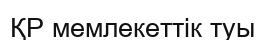
ҚР мемлекеттік туы